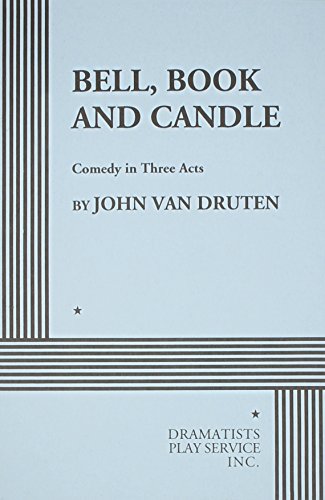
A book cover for Bell, Book and Candle: A Comedy in Three Acts; John van Druten; Literature & Fiction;